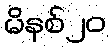
မိနစ်၂၀